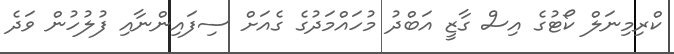
ކްރިމިނަލް ކޯޓުގެ އިސް ގާޒީ އަބްދު މުހައްމަދުގެ ގެއަށް ސިފައިންނާއި ފުލުހުން ވަދެ